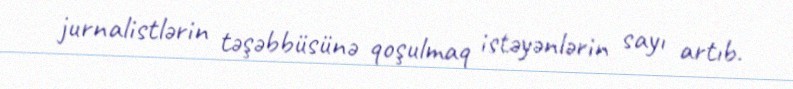
jurnalistlərin təşəbbüsünə qoşulmaq istəyənlərin sayı artıb.